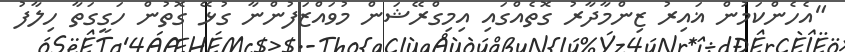
"އެހެންކަމުން ޣައިރު ޒިންމާދާރު ގޮތެއްގައި އިމިގްރޭޝަން މުވައްޒަފުންނާ ގުޅޭ ގޮތުން ހަގީގަތާ ހިލާފު